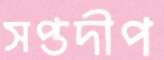
সপ্তদীপ